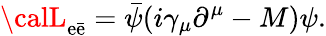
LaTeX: {\calL}_{\mathrm{e}\bar{{\mathrm{e}}}}=\bar{{\psi}}(i\gamma_{\mu}\partial^{\mu}-M)\psi.